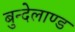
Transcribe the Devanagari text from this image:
बुन्देलाण्ड